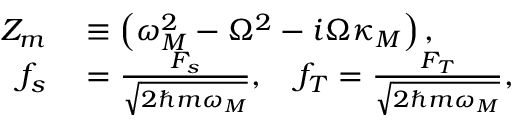
\begin{array} { r l } { Z _ { m } } & { { } \equiv \left( \omega _ { M } ^ { 2 } - \Omega ^ { 2 } - i \Omega \kappa _ { M } \right) , } \\ { f _ { s } } & { { } = \frac { F _ { s } } { \sqrt { 2 \hslash m \omega _ { M } } } , \quad f _ { T } = \frac { F _ { T } } { \sqrt { 2 \hslash m \omega _ { M } } } , } \end{array}